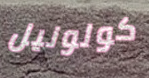
كولونيل